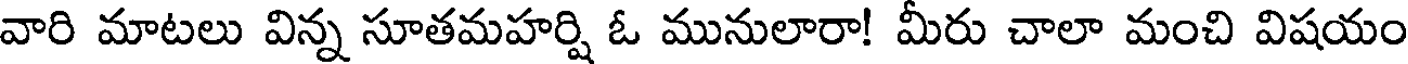
వారి మాటలు విన్న సూతమహర్షి ఓ మునులారా! మీరు చాలా మంచి విషయం